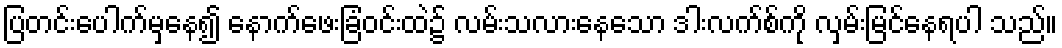
ပြတင်းပေါက်မှနေ၍ နောက်ဖေးခြံဝင်းထဲ၌ လမ်းသလားနေသော ဒါးလက်စ်ကို လှမ်းမြင်နေရပါ သည်။